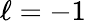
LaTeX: \ell=-1